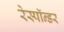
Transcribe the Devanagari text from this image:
रेस्पॉन्डर